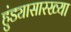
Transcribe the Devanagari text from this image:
हुंड्यासारख्या